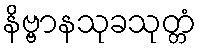
နိဗ္ဗာနသုခသုတ္တံ